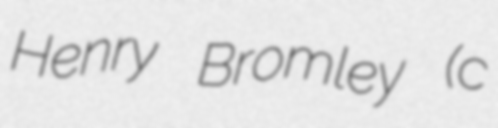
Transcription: Henry Bromley (c